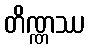
တိဏ္ဏဿ